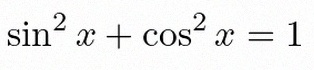
\sin^2x+\cos^2x=1